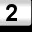
Digit: 2